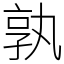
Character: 孰